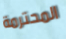
المحترمة